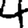
Digit: 4